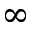
\infty